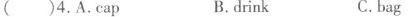
( )4.A.Cap B.drink C.bag